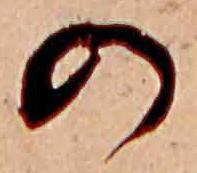
の